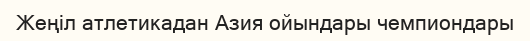
Жеңіл атлетикадан Азия ойындары чемпиондары